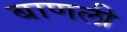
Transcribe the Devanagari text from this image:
बाणली